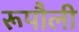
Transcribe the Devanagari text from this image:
रूपौली